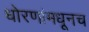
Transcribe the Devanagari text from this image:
धोरणांमधूनच